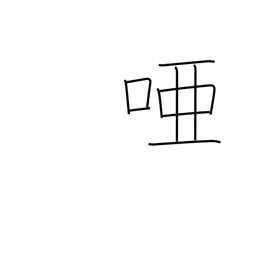
Meaning: dumb